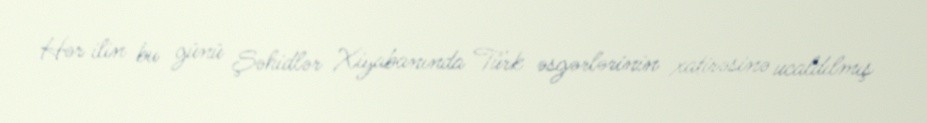
Hər ilin bu günü Şəhidlər Xiyabanında Türk əsgərlərinin xatirəsinə ucaldılmış